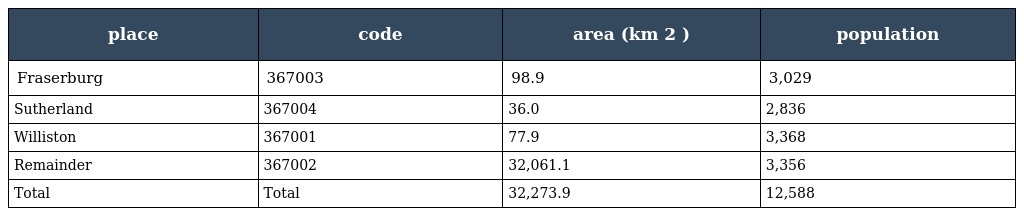
| place | code | area (km 2 ) | population |
 | --- | --- | --- | --- |
 | Fraserburg | 367003 | 98.9 | 3,029 |
 | Sutherland | 367004 | 36.0 | 2,836 |
 | Williston | 367001 | 77.9 | 3,368 |
 | Remainder | 367002 | 32,061.1 | 3,356 |
 | Total | Total | 32,273.9 | 12,588 |